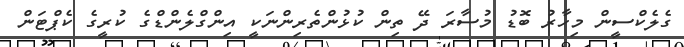
ގެލެކްސީން މިހާރު ބޮޑު މުސާރަ ދޭ ތިން ކުޅުންތެރިންނަކީ އިންގްލެންޑްގެ ކުރީގެ ކެޕްޓަން